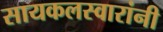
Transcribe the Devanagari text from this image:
सायकलस्वारांनी